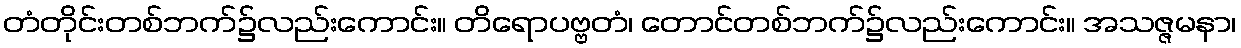
တံတိုင်းတစ်ဘက်၌လည်းကောင်း။ တိရောပဗ္ဗတံ၊ တောင်တစ်ဘက်၌လည်းကောင်း။ အသဇ္ဇမနာ၊